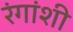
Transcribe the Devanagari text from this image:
रंगांशी